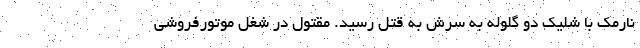
نارمک با شلیک دو گلوله به سرش به قتل رسید. مقتول در شغل موتورفروشی